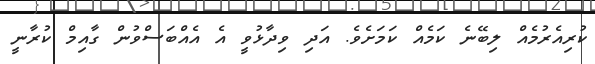
ކުރިއެރުމެއް ލިބޭނެ ކަމެއް ކަމަށެވެ. އަދި ވިދާޅުވީ އެ އެއްބަސްވުން ގާއިމް ކުރާނީ